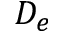
D _ { e }